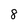
Character: 8